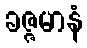
ခဇ္ဇမာနံ